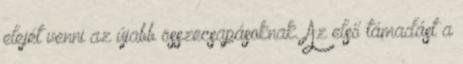
elejét venni az újabb összecsapásoknak. Az első támadást a